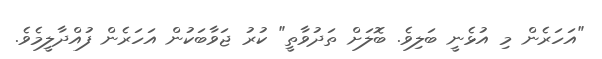
"އަހަރެން މި އުޅެނީ ބަލިވެ. ބޮލަށް ތަދުވާތީ" ކުރު ޖަވާބަކުން އަހަރެން ފުއްދާލީމެވެ.